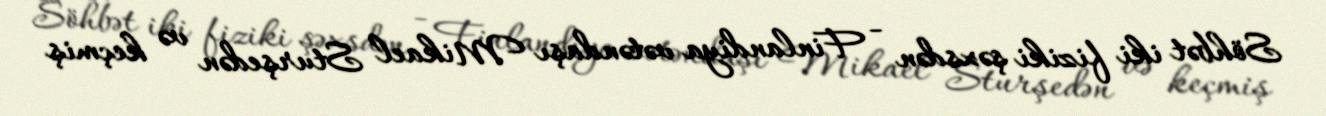
Söhbət iki fiziki şəxsdən - Finlandiya vətəndaşı Mikael Sturşedən və keçmiş